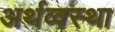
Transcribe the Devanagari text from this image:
अर्थव्वस्था